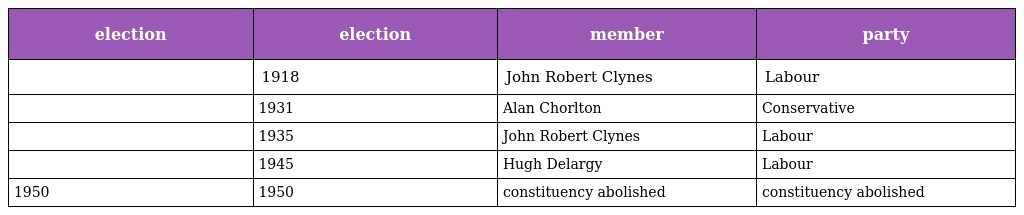
| election | election | member | party |
 | --- | --- | --- | --- |
 |  | 1918 | John Robert Clynes | Labour |
 |  | 1931 | Alan Chorlton | Conservative |
 |  | 1935 | John Robert Clynes | Labour |
 |  | 1945 | Hugh Delargy | Labour |
 | 1950 | 1950 | constituency abolished | constituency abolished |